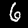
Label: 6